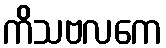
ကိသဗလကေ